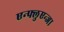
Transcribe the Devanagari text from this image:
एन्फ्लुएन्जा